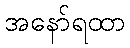
အနော်ရထာ